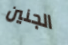
الجنين